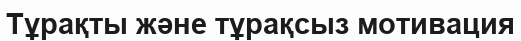
Тұрақты және тұрақсыз мотивация